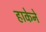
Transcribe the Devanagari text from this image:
हाकेने